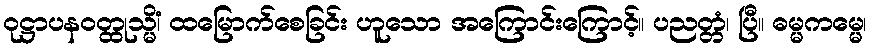
ဝုဋ္ဌာပနဝတ္ထုသ္မိံ၊ ထမြောက်စေခြင်း ဟူသော အကြောင်းကြောင့်။ ပညတ္တံ၊ ပြီ။ ဓမ္မကမ္မေ၊